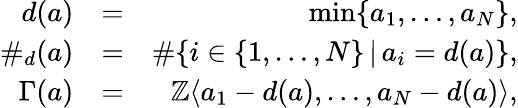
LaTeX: \begin{array}{rlr}{d(a)}&{=}&{\operatorname*{min}\{ a_{1},\ldots,a_{N}\} ,}\\ {\# _{d}(a)}&{=}&{\# \{ i\in\{ 1,\ldots,N\} \, \vert\, a_{i}=d(a)\} ,}\\ {\Gamma(a)}&{=}&{\mathbb{Z}\langle a_{1}-d(a),\ldots,a_{N}-d(a)\rangle,}\end{array}